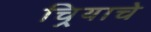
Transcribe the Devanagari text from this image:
चिर्‍याचे